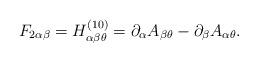
LaTeX: \begin{align*}F_{2 \alpha \beta} = H^{(10)}_{\alpha \beta \theta} = \partial_{\alpha}A_{\beta \theta} - \partial_{\beta} A_{\alpha \theta} .\end{align*}